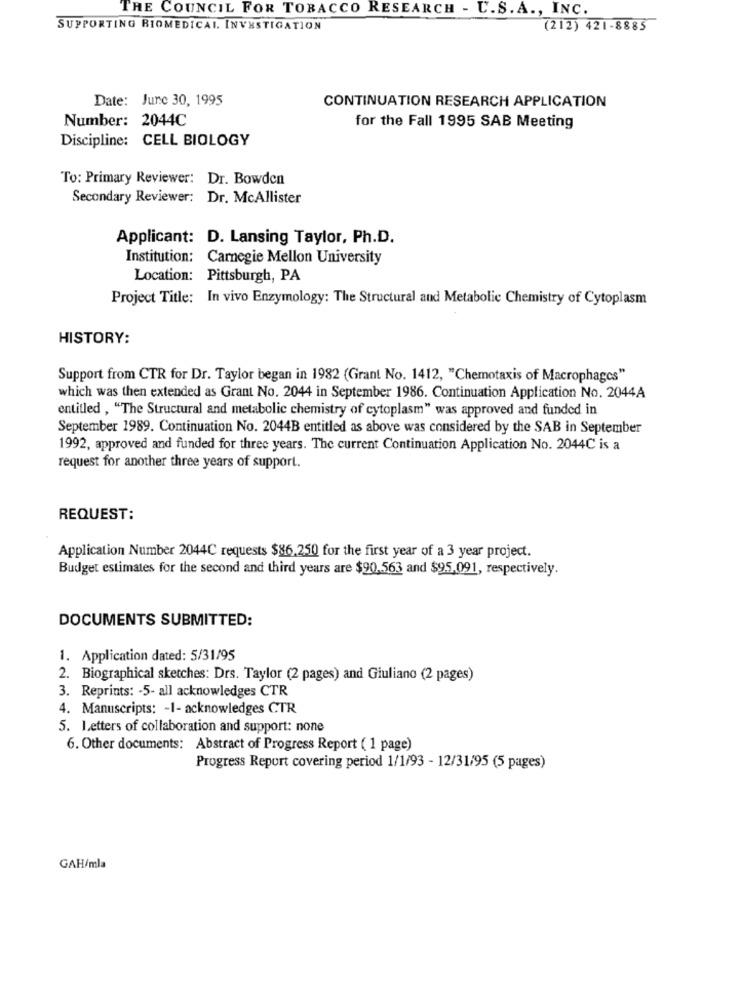
THE COUNCIL FOR TOBACCO RESEARCH - U.S. A ., INC.
SUPPORTING RIOMEDICAL. INVESTIGATION
(212) 421 -8885
Date: June 30, 1995
CONTINUATION RESEARCH APPLICATION
Number: 2044C
for the Fall 1995 SAB Meeting
Discipline: CELL BIOLOGY
To: Primary Reviewer: Dr. Bowden
Secondary Reviewer: Dr. McAllister
Applicant: D. Lansing Taylor, Ph.D.
Institution: Carnegie Mellon University
Location: Pittsburgh, PA
Project Title: In vivo Enzymology: The Structural and Metabolic Chemistry of Cytoplasm
HISTORY:
Support from CTR for Dr. Taylor began in 1982 (Grant No. 1412, "Chemotaxis of Macrophages"
which was then extended as Grant No. 2044 in September 1986. Continuation Application No. 2044A
entitled , "The Structural and metabolic chemistry of cytoplasm" was approved and funded in
September 1989. Continuation No. 2044B entitled as above was considered by the SAB in September
1992, approved and funded for three years. The current Continuation Application No. 2044C is a
request for another three years of support.
REQUEST:
Application Number 2044C requests $86,250 for the first year of a 3 year project.
Budget estimates for the second and third years are $90,563 and $95.091, respectively.
DOCUMENTS SUBMITTED:
1. Application dated: 5/31/95
2. Biographical sketches: Drs. Taylor (2 pages) and Giuliano (2 pages)
3. Reprints: - 5- all acknowledges CTR
4. Manuscripts: - 1- acknowledges CTR
5. Letters of collaboration and support: none
6. Other documents: Abstract of Progress Report ( 1 page)
Progress Report covering period 1/1/93 - 12/31/95 (5 pages)
GAH/mla